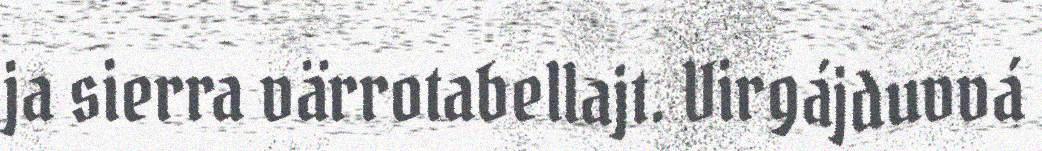
ja sierra värrotabellajt. Virgájduvvá